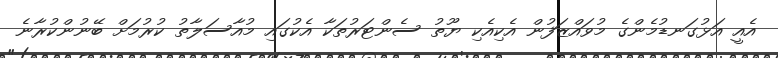
އެއީ އަޅުގަނޑުމެންގެ މުވައްޒަފުން އެކިއެކި ޔޫތު ސެންޓަރުތަކާ އެކުގައިި މުއާސަލާތު ކުރުމަށް ބޭނުންކުރާނެ